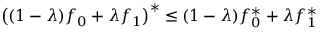
\left( ( 1 - \lambda ) f _ { 0 } + \lambda f _ { 1 } \right) ^ { * } \leq ( 1 - \lambda ) f _ { 0 } ^ { * } + \lambda f _ { 1 } ^ { * }